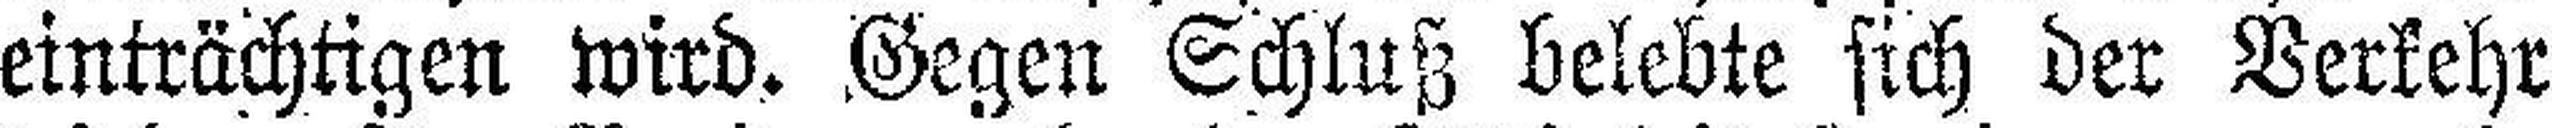
einträchtigen wird. Gegen Schluß belebte sich der Verkehr